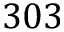
3 0 3